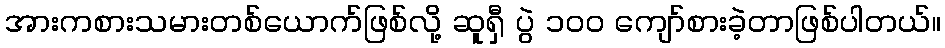
အားကစားသမားတစ်ယောက်ဖြစ်လို့ ဆူရှီ ပွဲ ၁၀၀ ကျော်စားခဲ့တာဖြစ်ပါတယ်။